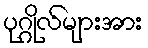
ပုဂ္ဂိုလ်များအား